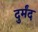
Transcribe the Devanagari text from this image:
दुर्मंद